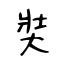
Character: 奘